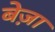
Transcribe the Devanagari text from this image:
बेज़ा